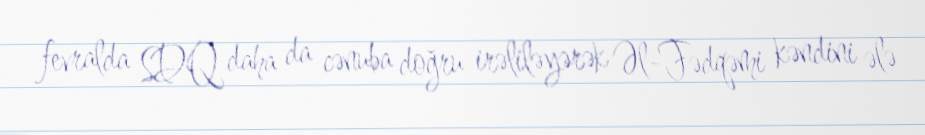
fevralda SDQ daha da cənuba doğru irəliləyərək Əl-Fədqəmi kəndini ələ